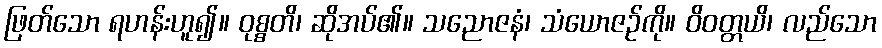
ဖြတ်သော ရဟန်းဟူ၍။ ဝုစ္စတိ၊ ဆိုအပ်၏။ သညောဇနံ၊ သံယောဇဉ်ကို။ ဝိဝတ္တယိ၊ လည်သော